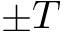
\pm T